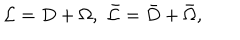
{ \cal L } = D + \Omega , \, \, \bar { \cal L } = \bar { D } + \bar { \Omega } ,